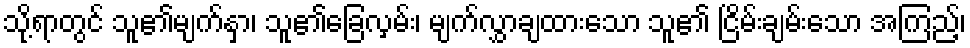
သို့ရာတွင် သူ၏မျက်နှာ၊ သူ၏ခြေလှမ်း၊ မျက်လွှာချထားသော သူ၏ ငြိမ်းချမ်းသော အကြည့်၊